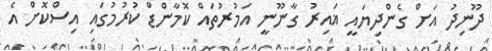
ދޫނިދު އަށް ގެންދިޔައީ ޣައިރު ގާނޫނީ އަމުރުތައް ކޮމާންޑް ކުރުމުގައި އިސްކޮށް އެ